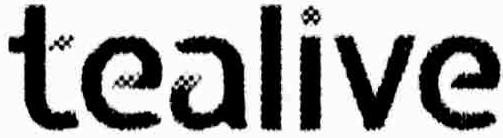
TEALIVE